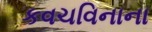
કવચવિનાના